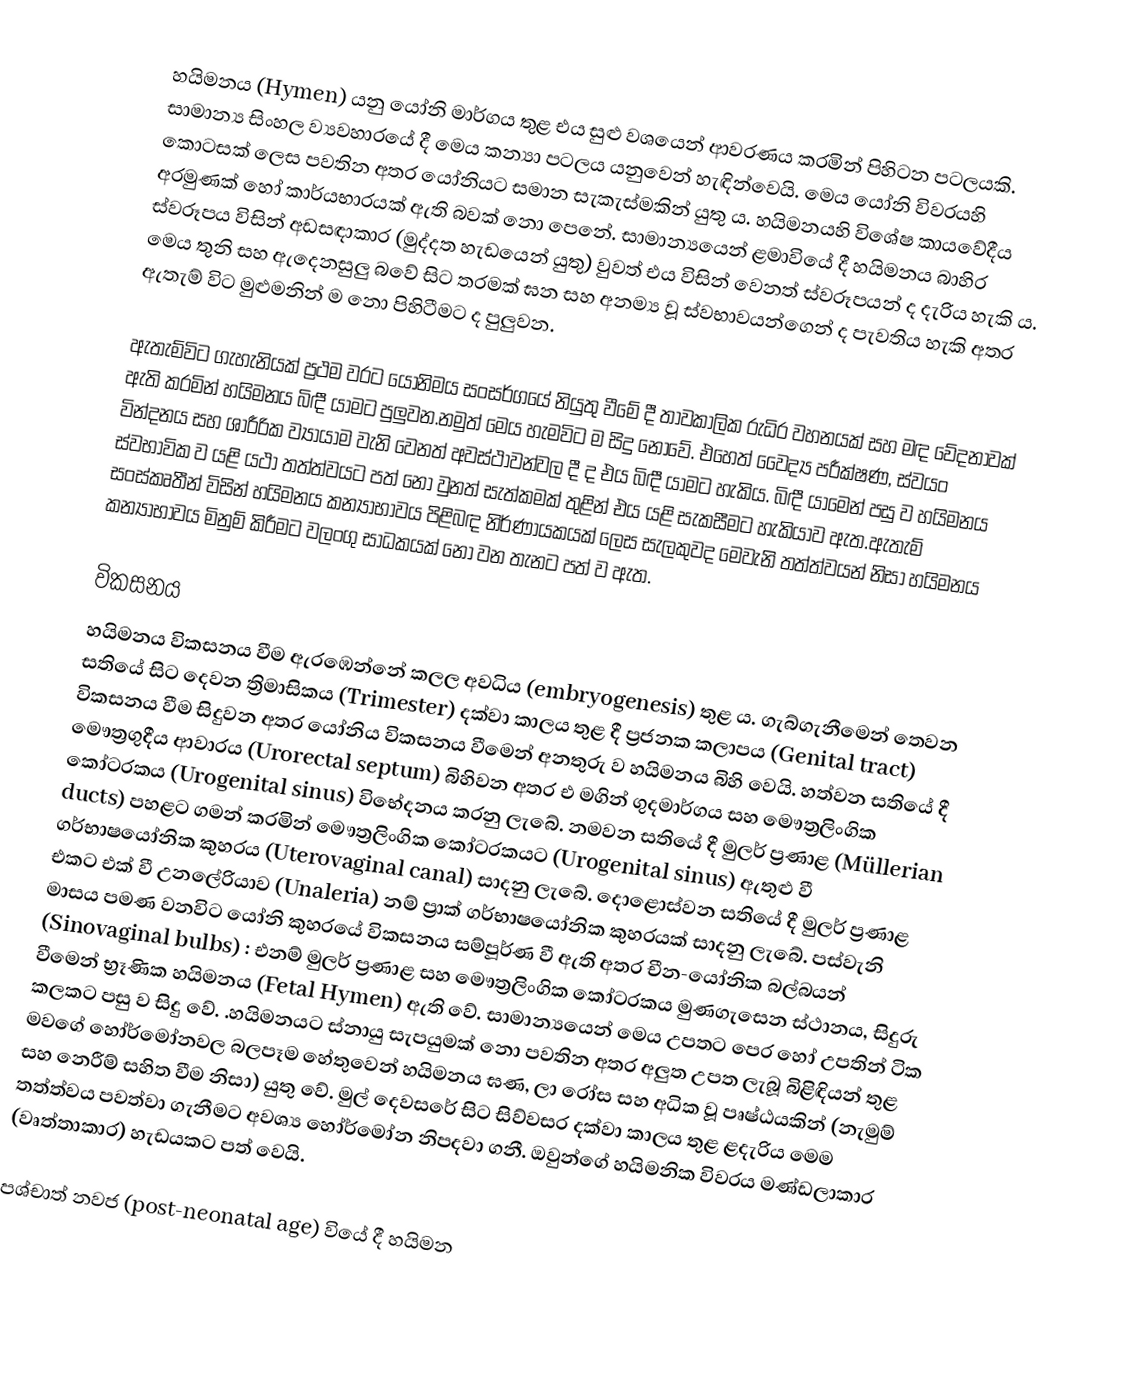
හයිමනය (Hymen) යනු යෝනි මාර්ගය තුළ එය සුළු වශයෙන් ආවරණය කරමින් පිහිටන පටලයකි. සාමාන්‍ය සිංහල ව්‍යවහාරයේ දී මෙය කන්‍යා පටලය යනුවෙන් හැඳින්වෙයි. මෙය යෝනි විවරයහි  කොටසක් ලෙස පවතින අතර  යෝනියට සමාන සැකැස්මකින් යුතු ය. හයිමනයහි විශේෂ කායවේදීය අරමුණක් හෝ කාර්යභාරයක් ඇති බවක් නො පෙනේ. සාමාන්‍යයෙන් ළමාවියේ දී හයිමනය බාහිර ස්වරූපය විසින් අඩසඳාකාර (මුද්දත හැඩයෙන් යුතු) වුවත් එය විසින් වෙනත් ස්වරූපයන් ද දැරිය හැකි ය. මෙය තුනි සහ ඇදෙනසුලු බවේ සිට තරමක් ඝන සහ අනම්‍ය වූ ස්වභාවයන්ගෙන් ද පැවතිය හැකි අතර ඇතැම් විට  මුළුමනින් ම නො පිහිටීමට ද පුලුවන.

ඇතැම්විට ගැහැනියක් ප්‍රථම වරට යෝනිමය සංසර්ගයේ නියුතු වීමේ දී  තාවකාලික රුධිර වහනයක් සහ මඳ වේදනාවක් ඇති කරමින් හයිමනය බිඳී යාමට පුලුවන.නමුත් මෙය හැමවිට ම සිදු නොවේ. එහෙත් වෛද්‍ය පරීක්ෂණ, ස්වයං වින්දන‍ය සහ ශාරීරික ව්‍යායාම වැනි වෙනත් අවස්ථාවන්වල දී ද එය බිඳී යාමට හැකිය. බිඳී යාමෙන් පසු ව හයිමනය ස්වභාවික ව යළි යථා තත්ත්වයට පත් නො වුනත් සැත්කමක් තුළින් එය යළි සැකසීමට හැකියාව ඇත.ඇතැම් සංස්කෘතීන් විසින් හයිමනය කන්‍යාභාවය පිළිබඳ නිර්ණායකයක් ලෙස සැලකුවද  මෙවැනි තත්ත්වයන් නිසා හයිමනය කන්‍යාභාවය මිනුම් කිරීමට වලංගු සාධකයක් නො වන තැනට පත් ව ඇත.

විකසනය
හයිමනය විකසනය වීම ඇරඹෙන්නේ කලල අවධිය (embryogenesis) තුළ ය. ගැබ්ගැනීමෙන් තෙවන සතියේ සිට දෙවන ත්‍රිමාසිකය (Trimester) දක්වා කාලය තුළ දී ප්‍රජනක කලාපය (Genital tract) විකසනය වීම සිදුවන අතර යෝනිය විකසනය වීමෙන්  අනතුරු ව හයිමනය බිහි වෙයි. හත්වන සතියේ දී මෞත්‍රගුදීය ආවාරය (Urorectal septum) බිහිවන අතර එ මගින්  ගුදමාර්ගය සහ මෞත්‍රලිංගික කෝටරකය (Urogenital sinus) විභේදනය කරනු  ලැබේ. නමවන සතියේ දී මුලර් ප්‍රණාළ (Müllerian ducts) පහළට ගමන් කරමින් මෞත්‍රලිංගික කෝටරකයට  (Urogenital sinus) ඇතුළු වී  ගර්භාෂයෝනික කුහරය (Uterovaginal canal) සාදනු ලැබේ. දොළොස්වන සතියේ දී මුලර් ප්‍රණාළ එකට එක් වී උනලේරියාව (Unaleria) නම් ප්‍රාක් ගර්භාෂයෝනික කුහරයක් සාදනු ලැබේ. පස්වැනි මාසය පමණ වනවිට යෝනි කුහරයේ විකසනය සම්පූර්ණ වී ඇති අතර චීන-යෝනික බල්බයන් (Sinovaginal bulbs) : එනම් මුලර් ප්‍රණාළ සහ මෞත්‍රලිංගික කෝටරකය මුණගැසෙන  ස්ථානය,  සිදුරු වීමෙන් භ්‍රෑණික හයිමනය (Fetal Hymen) ඇති වේ. සාමාන්‍යයෙන් මෙය උපතට පෙර හෝ උපතින් ටික කලකට පසු ව සිදු වේ. .හයිමනයට ස්නායු සැපයුමක් නො පවතින අතර අලුත උපත ලැබූ බිළිඳියන් තුළ මවගේ හෝර්මෝනවල බලපෑම හේතුවෙන් හයිමනය ඝණ, ලා රෝස සහ අධික වූ පෘෂ්ඨයකින් (නැමුම් සහ නෙරීම් සහිත වීම නිසා) යුතු වේ. මුල් දෙවසරේ සිට සිව්වසර දක්වා කාලය තුළ ළදැරිය මෙම තත්ත්වය පවත්වා ගැනීමට අවශ්‍ය හෝර්මෝන නිපදවා ගනී.  ඔවුන්ගේ හයිමනික විවරය මණ්ඩලාකාර (වෘත්තාකාර) හැඩයකට පත් වෙයි.

පශ්චාත් නවජ (post-neonatal age) වියේ දී හයිමන